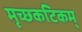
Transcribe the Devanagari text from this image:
मृच्छकटिकम्‌